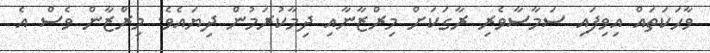
ވާހަކަތައް އިވިފައި ސަމާސާވެރި ރާގަކަށް މިރްޒާނާއި ދިމާކުރަމުން ދިޔައެވެ. މިރްޒާން ވެސް އެ